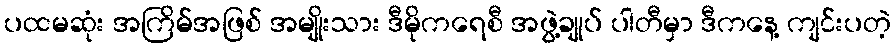
ပထမဆုံး အကြိမ်အဖြစ် အမျိုးသား ဒီမိုကရေစီ အဖွဲ့ချုပ် ပါတီမှာ ဒီကနေ့ ကျင်းပတဲ့